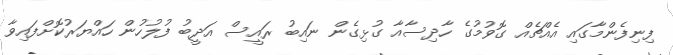
ފިނިފެންމާގައި އެއްޗެއް ގޮވުމުގެ ހާދިސާއާ ގުޅިގެން ނައިބު ރައީސް އަދީބު ފުލުހުން ހައްޔަރުކޮށްފައިވާ